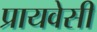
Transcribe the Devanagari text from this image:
प्रायवेसी